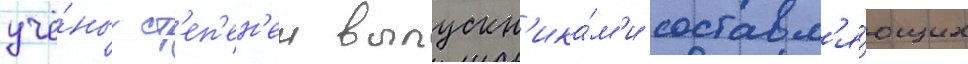
учё́ных ст'еп'ен'еи выпускн'ика́м'и составл'я́ющих